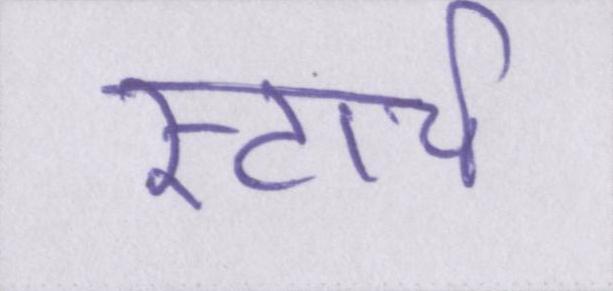
स्टार्च